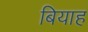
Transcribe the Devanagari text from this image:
बियाह